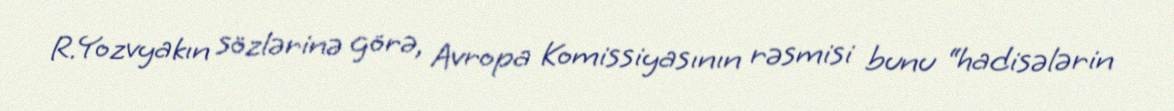
R.Yozvyakın sözlərinə görə, Avropa Komissiyasının rəsmisi bunu “hadisələrin